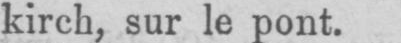
kirch, sur le pont.